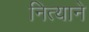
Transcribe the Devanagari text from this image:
नित्याने